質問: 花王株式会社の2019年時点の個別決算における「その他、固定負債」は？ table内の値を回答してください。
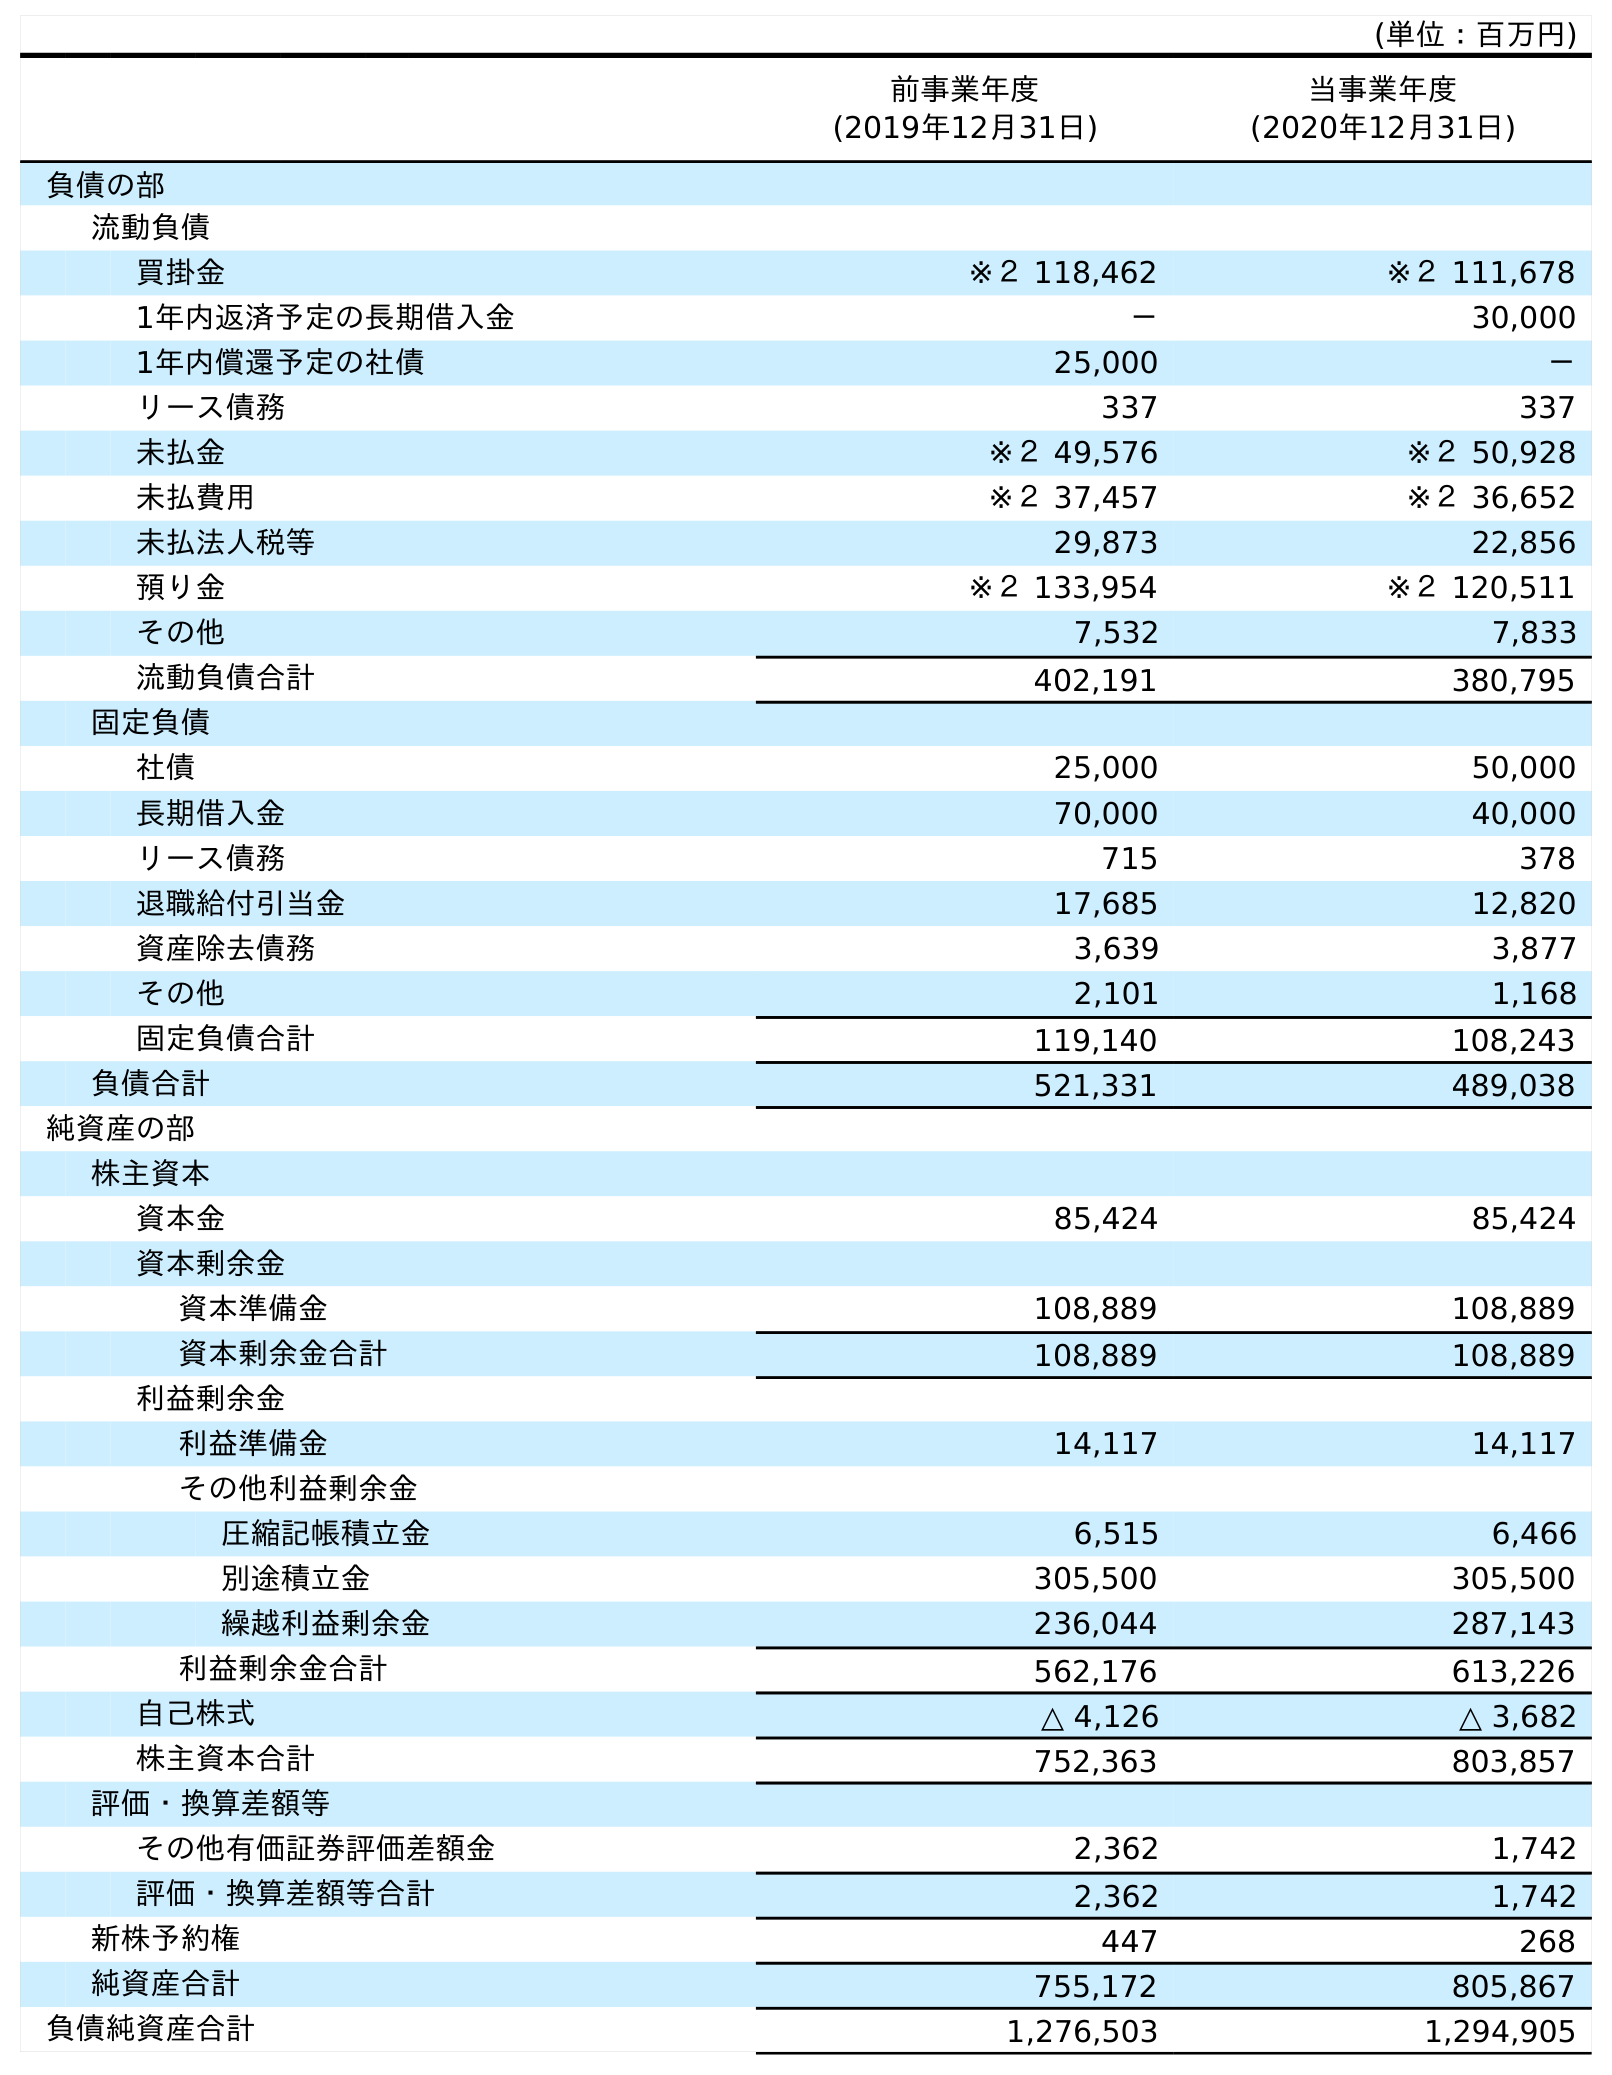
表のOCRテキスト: (単位：百万円) 前事業年度 (2019年12月31日) 当事業年度 (2020年12月31日) 負債の部 流動負債 買掛金 ※２ 118,462 ※２ 111,678 1年内返済予定の長期借入金 － 30,000 1年内償還予定の社債 25,000 － リース債務 337 337 未払金 ※２ 49,576 ※２ 50,928 未払費用 ※２ 37,457 ※２ 36,652 未払法人税等 29,873 22,856 預り金 ※２ 133,954 ※２ 120,511 その他 7,532 7,833 流動負債合計 402,191 380,795 固定負債 社債 25,000 50,000 長期借入金 70,000 40,000 リース債務 715 378 退職給付引当金 17,685 12,820 資産除去債務 3,639 3,877 その他 2,101 1,168 固定負債合計 119,140 108,243 負債合計 521,331 489,038 純資産の部 株主資本 資本金 85,424 85,424 資本剰余金 資本準備金 108,889 108,889 資本剰余金合計 108,889 108,889 利益剰余金 利益準備金 14,117 14,117 その他利益剰余金 圧縮記帳積立金 6,515 6,466 別途積立金 305,500 305,500 繰越利益剰余金 236,044 287,143 利益剰余金合計 562,176 613,226 自己株式 △ 4,126 △ 3,682 株主資本合計 752,363 803,857 評価・換算差額等 その他有価証券評価差額金 2,362 1,742 評価・換算差額等合計 2,362 1,742 新株予約権 447 268 純資産合計 755,172 805,867 負債純資産合計 1,276,503 1,294,905
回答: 2,101